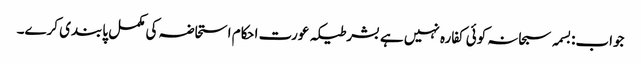
جواب:بسمہ سبحانہ کوئی کفارہ نہیں ہے بشرطیکہ عورت احکام استحاضہ کی مکمل پابندی کرے۔